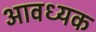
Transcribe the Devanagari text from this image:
आवध्यक